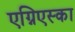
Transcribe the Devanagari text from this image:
एग्निएस्का